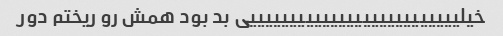
خیلییییییییییییییییییییییییییی بد بود همش رو ریختم دور